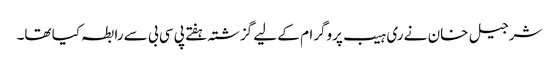
شرجیل خان نے ری ہیب پروگرام کے لیے گزشتہ ہفتے پی سی بی سے رابطہ کیا تھا۔